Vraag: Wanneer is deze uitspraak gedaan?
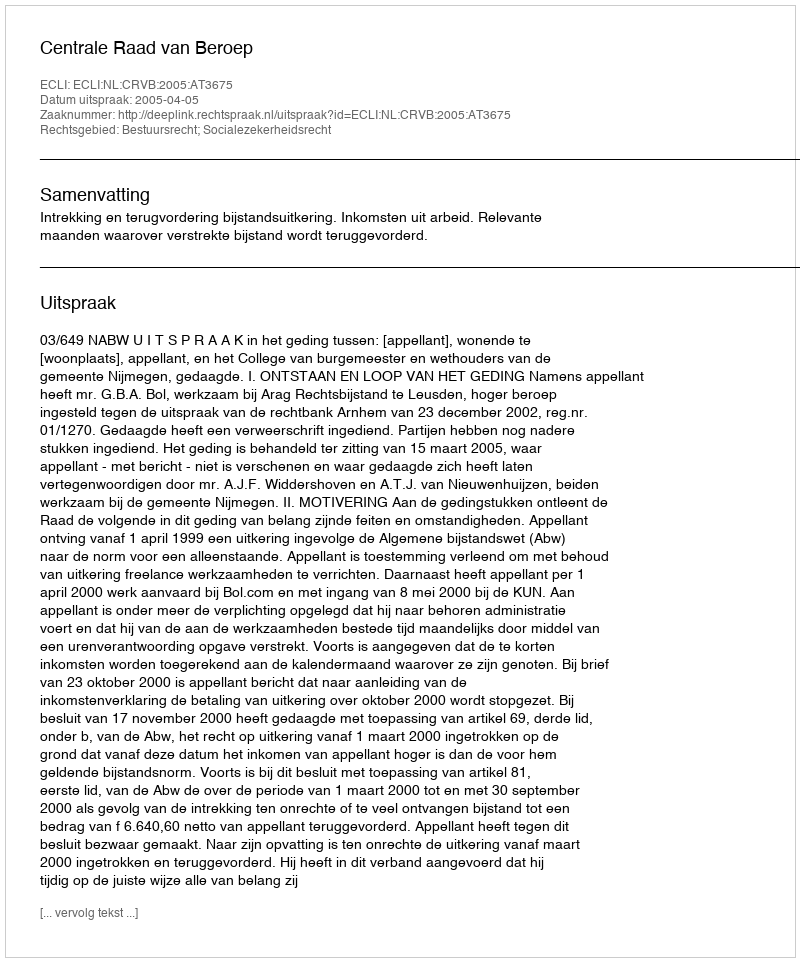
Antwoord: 2005-04-05